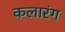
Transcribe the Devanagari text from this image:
कलारंग